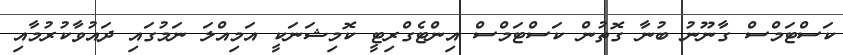
ކަސްޓަމްސް ގާނޫނު ބުނާ ގޮތުން ކަސްޓަމްސް އިންޓެގްރިޓީ ކޮމިޝަނަކީ އަމިއްލަ ނަމުގައި ދައުވާކުރުމާއި